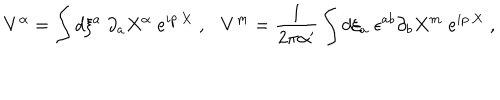
V ^ { \alpha } = \int d \xi ^ { a } \; \partial _ { a } X ^ { \alpha } \; e ^ { i p \cdot X } \; , \ \ \ V ^ { m } = { \frac { 1 } { 2 \pi \alpha ^ { \prime } } } \int d \xi _ { a } \; \epsilon ^ { a b } \partial _ { b } X ^ { m } \; e ^ { i p \cdot X } \; ,